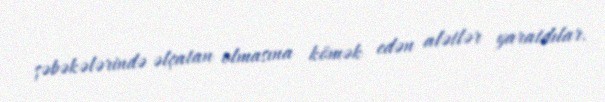
şəbəkələrində əlçatan olmasına kömək edən alətlər yaratdılar.